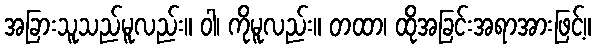
အခြားသူသည်မူလည်း။ ဝါ၊ ကိုမူလည်း။ တထာ၊ ထိုအခြင်းအရာအားဖြင့်။